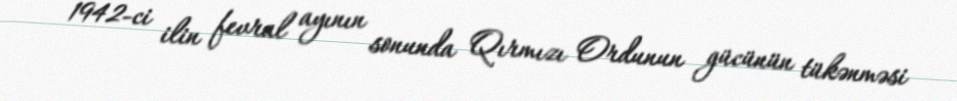
1942-ci ilin fevral ayının sonunda Qırmızı Ordunun gücünün tükənməsi